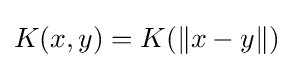
K(x,y)=K(\|x-y\|)